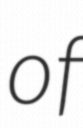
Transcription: of